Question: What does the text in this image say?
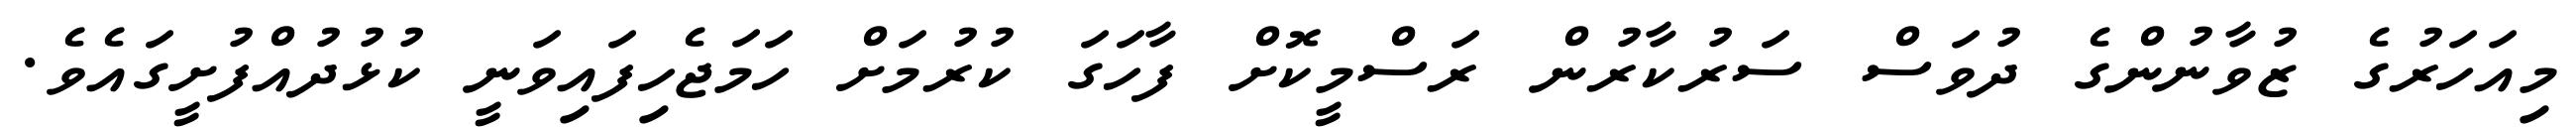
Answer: މިއަހަރުގެ ޒުވާނުންގެ ދުވަސް ސަރުކާރުން ރަސްމީކޮށް ފާހަގަ ކުރުމަށް ހަމަޖެހިފައިވަނީ ކުޅުދުއްފުށީގައެވެ.